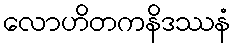
လောဟိတကနိဒဿနံ